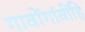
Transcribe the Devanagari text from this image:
गावोंगांवींहि